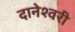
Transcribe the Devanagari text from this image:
दानेश्वरी